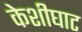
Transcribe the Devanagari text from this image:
केशीघाट